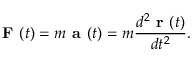
\textbf { F } ( t ) = m \textbf { a } ( t ) = m \frac { d ^ { 2 } \textbf { r } ( t ) } { d t ^ { 2 } } .